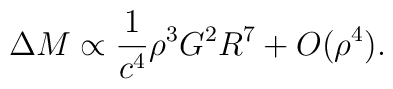
\Delta M \propto \frac{1}{c^4} \rho^3 G^2 R^7 + O(\rho^4).